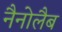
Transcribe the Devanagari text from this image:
नैनोलैब